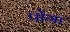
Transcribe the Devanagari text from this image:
पोंगा